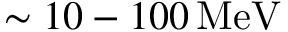
\sim 1 0 - 1 0 0 \, \mathrm { M e V }